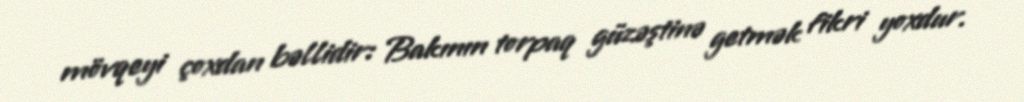
mövqeyi çoxdan bəllidir: Bakının torpaq güzəştinə getmək fikri yoxdur.